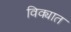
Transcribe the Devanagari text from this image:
विक्यात